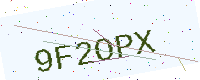
Text: 9F2OPX